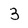
Character: 3